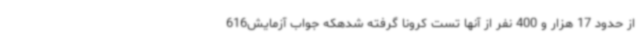
از حدود 17 هزار و 400 نفر از آنها تست کرونا گرفته شدهکه جواب آزمایش616